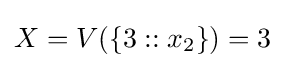
X=V(\{3::x_{2}\})=3